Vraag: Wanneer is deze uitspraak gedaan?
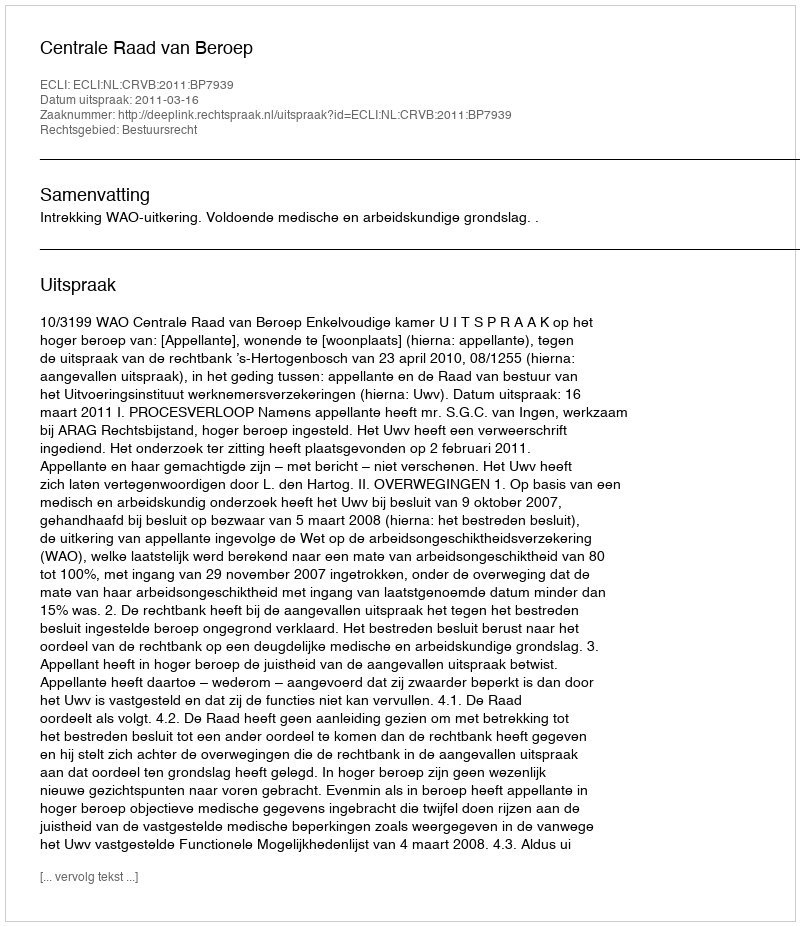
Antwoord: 2011-03-16